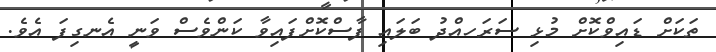
ތަކަށް ޑައިވްކޮށް މުޅި ސަރަަހއްދު ބަލައި ފާސްކޮށްފައިވާ ކަންވެސް ވަނީ އެނގިފަ އެވެ.